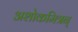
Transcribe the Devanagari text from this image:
अशोकमित्रन्